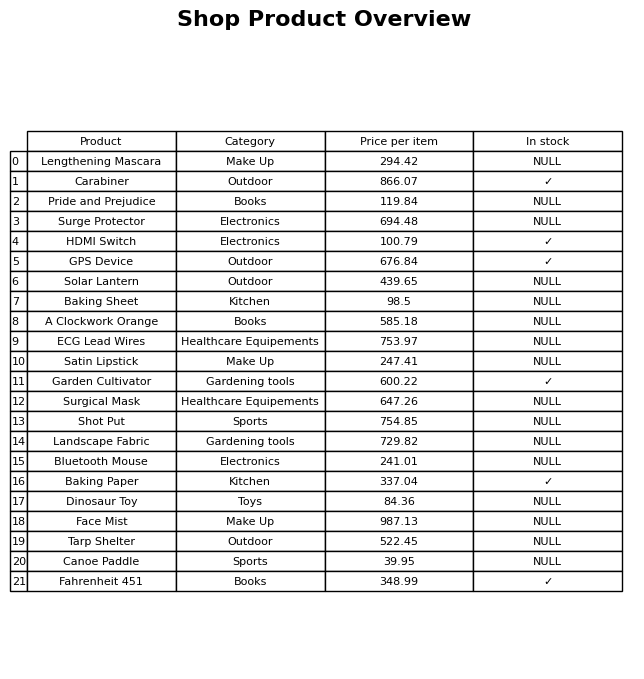
question: What is the price for Carabiner?
answer: The price of Carabiner is 866.07.